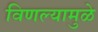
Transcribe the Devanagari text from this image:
विणल्यामुळे